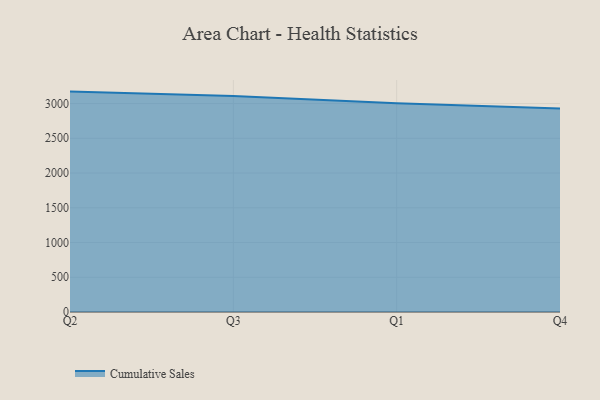
{"axis": {"x": "Quarter", "y": "Energy Usage (MWh)"}, "legend": ["Cumulative Sales"], "data": [{"x": "Q2", "y": 3172.0, "type": "Cumulative Sales"}, {"x": "Q3", "y": 3108.8, "type": "Cumulative Sales"}, {"x": "Q1", "y": 3005.4, "type": "Cumulative Sales"}, {"x": "Q4", "y": 2928.3, "type": "Cumulative Sales"}]}